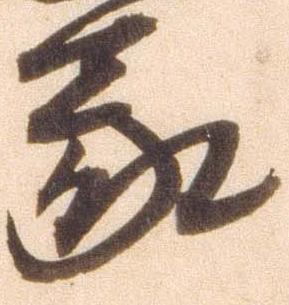
蒙